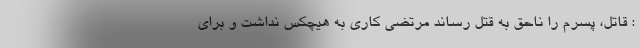
: قاتل، پسرم را ناحق به قتل رساند مرتضی کاری به هیچکس نداشت و برای